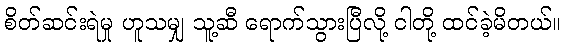
စိတ်ဆင်းရဲမှု ဟူသမျှ သူ့ဆီ ရောက်သွားပြီလို့ ငါတို့ ထင်ခဲ့မိတယ်။